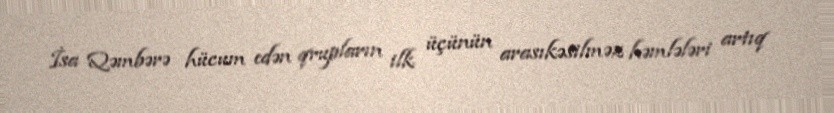
İsa Qəmbərə hücum edən qrupların ilk üçünün arasıkəsilməz həmlələri artıq